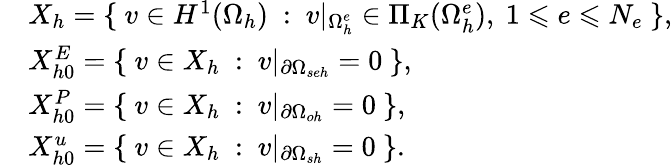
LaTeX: \begin{array}{rl}&{X_{h}=\{ \ v\in H^{1}(\Omega_{h})\ :\ v|_{\Omega_{h}^{e}}\in\Pi_{K}(\Omega_{h}^{e}),\ 1\leqslant e\leqslant N_{e}\ \} ,}\\ &{X_{h0}^{E}=\{ \ v\in X_{h}\ :\ v|_{\partial\Omega_{seh}}=0\ \} ,}\\ &{X_{h0}^{P}=\{ \ v\in X_{h}\ :\ v|_{\partial\Omega_{oh}}=0\ \} ,}\\ &{X_{h0}^{u}=\{ \ v\in X_{h}\ :\ v|_{\partial\Omega_{sh}}=0\ \} .}\end{array}